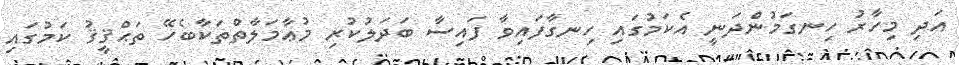
އަދި މިހާރު ހިނގަމުންދަނީ އެކަމުގައި ހިނގާފައިވާ ފައިސާ ބަދަލުކުރި މުޢާމަލާތްތަކާބެހޭ ތަޙްޤީޤު ކަމުގައި